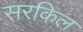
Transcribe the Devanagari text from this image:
सरकिल